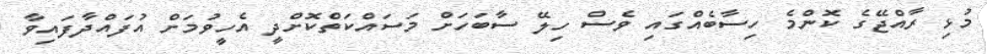
މުޅި ރާއްޖޭގެ ކޮންމެ ހިސާބެއްގައި ވެސް ހިލޭ ސާބަހަށް މަސައްކަތްކޮށްދީ އެހީވުމަށް އުފައްދާފައިވާ